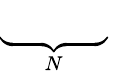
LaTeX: \underbrace{\phantom{D_{r}^{(1)}+R}}_{N}\,